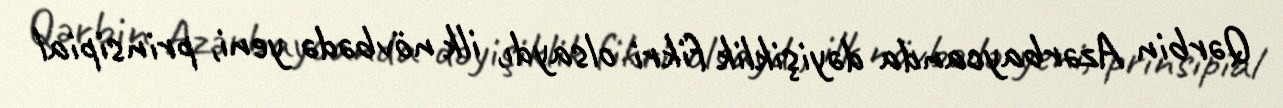
Qərbin Azərbaycanda dəyişiklik fikri olsaydı, ilk növbədə yeni, prinsipial